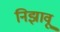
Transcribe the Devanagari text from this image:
निझावू